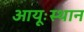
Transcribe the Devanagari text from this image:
आयूःस्थान